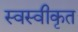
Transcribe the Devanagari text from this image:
स्वस्वीकृत